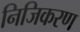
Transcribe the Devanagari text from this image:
निजिकरण